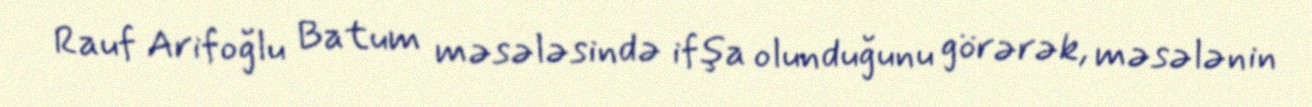
Rauf Arifoğlu Batum məsələsində ifşa olunduğunu görərək, məsələnin